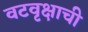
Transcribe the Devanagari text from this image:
वटवृक्षाची